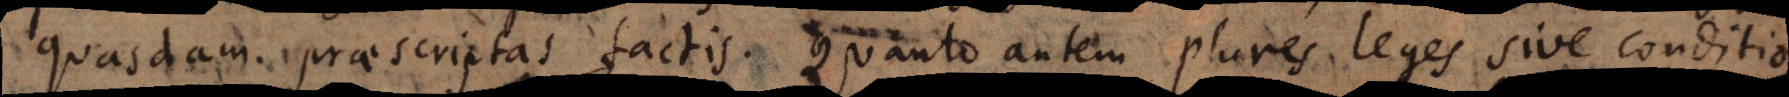
quasdam praescriptas factis. Quanto autem plures leges sive conditio